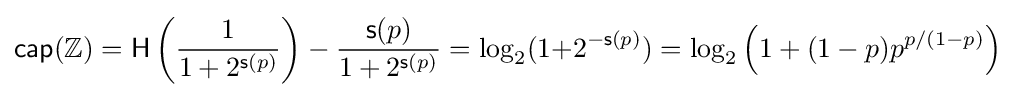
{\mathsf {cap}}(\mathbb {Z} )={\mathsf {H}}\left({\frac {1}{1+2^{{\mathsf {s}}(p)}}}\right)-{\frac {{\mathsf {s}}(p)}{1+2^{{\mathsf {s}}(p)}}}=\log _{2}(1{+}2^{-{\mathsf {s}}(p)})=\log _{2}\left(1+(1-p)p^{p/(1-p)}\right)